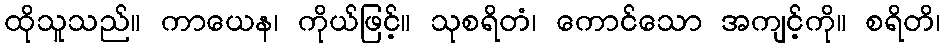
ထိုသူသည်။ ကာယေန၊ ကိုယ်ဖြင့်။ သုစရိတံ၊ ကောင်သော အကျင့်ကို။ စရိတိ၊